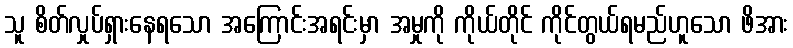
သူ စိတ်လှုပ်ရှားနေရသော အကြောင်းအရင်းမှာ အမှုကို ကိုယ်တိုင် ကိုင်တွယ်ရမည်ဟူသော ဖိအား